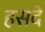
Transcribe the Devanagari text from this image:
हसदे